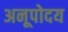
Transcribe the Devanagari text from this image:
अनूपोदय